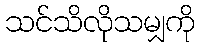
သင်သိလိုသမျှကို